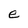
Character: e